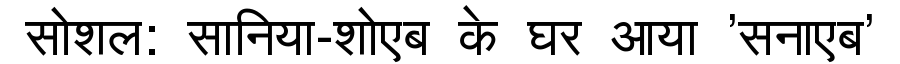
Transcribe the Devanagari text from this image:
सोशल: सानिया-शोएब के घर आया 'सनाएब'